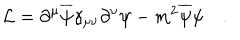
{ \cal L } = \partial ^ { \mu } \overline { { \psi } } \gamma _ { \mu \nu } \partial ^ { \nu } \psi - m ^ { 2 } \overline { { \psi } } \psi \quad .